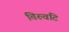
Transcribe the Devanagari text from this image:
तिरुवटि